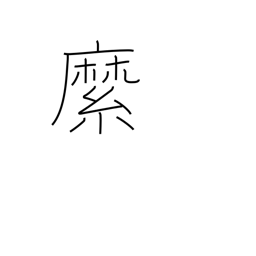
Meaning: rope